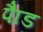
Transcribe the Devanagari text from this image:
पाैड